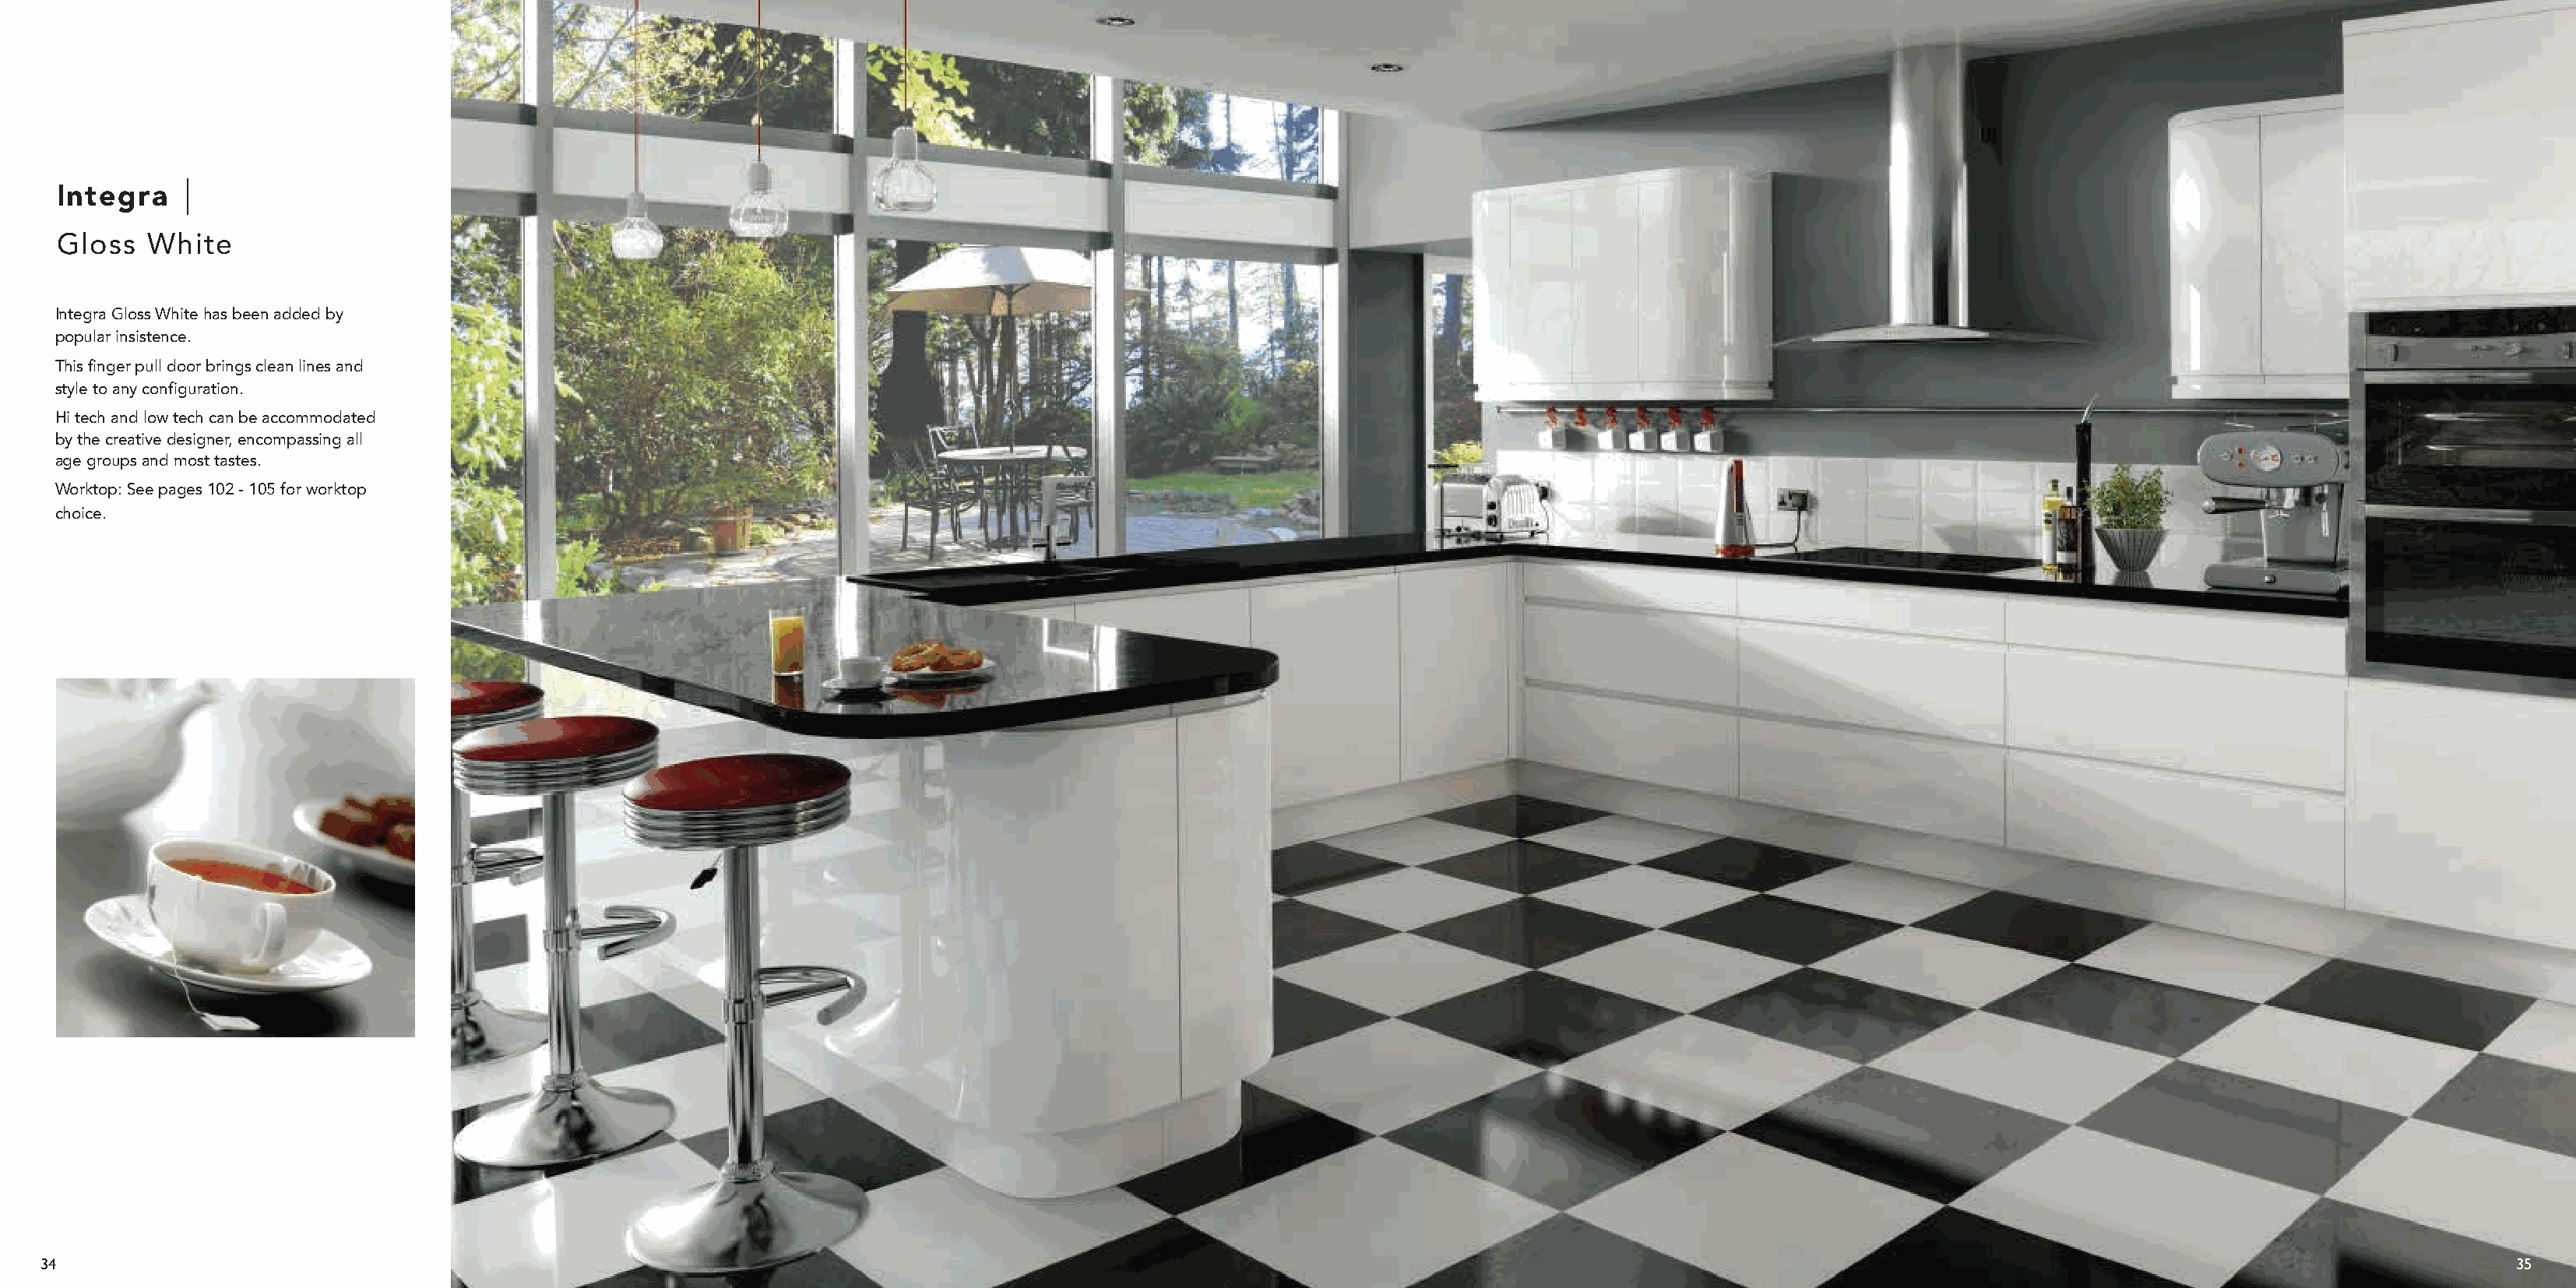
Integra
 Gloss   White
 Integra Gloss White has been added by
 popular insistence.
 This finger pull door brings clean lines and
 style to any configuration.
 Hi tech and low tech can be accommodated
 by the creative designer, encompassing all
 age groups and most tastes.
 Worktop: See pages 102 - 105 for worktop
 choice.
 34                                                                                                                                                                                                                 35